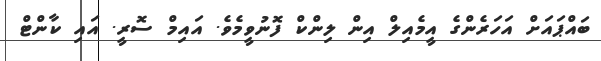
ބައްޕައަށް އަހަރެންގެ އީމެއިލް އިން ލިންކް ފޮނުވީމެވެ. އައިމް ސޮރީ. އައި ކާންޓް